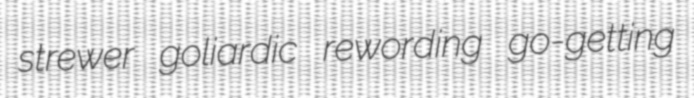
strewer goliardic rewording go-getting